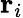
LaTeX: \mathbf{r}_{i}